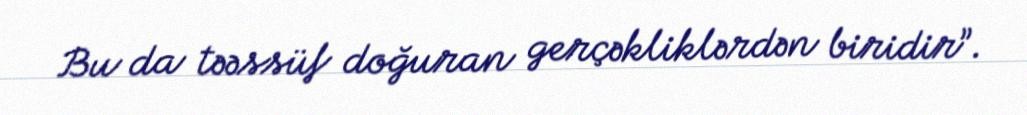
Bu da təəssüf doğuran gerçəkliklərdən biridir”.